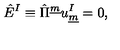
\hat { E } ^ { I } \equiv \hat { \Pi } ^ { \underline { { m } } } u _ { \underline { { m } } } ^ { I } = 0 , \qquad